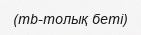
(mb-толық беті)